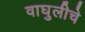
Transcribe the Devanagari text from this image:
वाघुलीचे